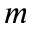
m